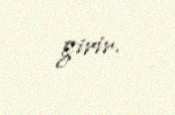
girir.